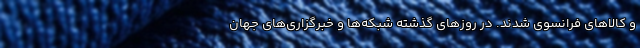
و کالاهای فرانسوی شدند. در روزهای گذشته شبکه‌ها و خبرگزاری‌های جهان